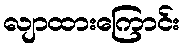
လျာထားကြောင်း